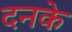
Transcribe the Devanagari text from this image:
दनके